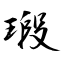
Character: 瑖